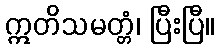
ဣတိသမတ္တံ၊ ပြီးပြီ။